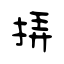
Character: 挵